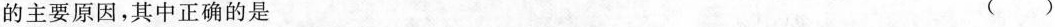
的主要原因，其中正确的是 ( )